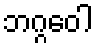
ဘဂ္ဂဝေါ